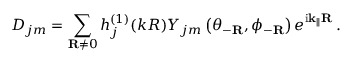
D _ { j m } = \sum _ { \mathbf { R } \neq 0 } h _ { j } ^ { ( 1 ) } ( k R ) Y _ { j m } \left( \theta _ { - \mathbf { R } } , \phi _ { - \mathbf { R } } \right) e ^ { \mathrm { i \mathbf { k } _ { \parallel } \mathbf { R } } } \, .